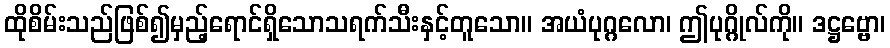
ထိုစိမ်းသည်ဖြစ်၍မှည့်ရောင်ရှိသောသရက်သီးနှင့်တူသော။ အယံပုဂ္ဂလော၊ ဤပုဂ္ဂိုလ်ကို။ ဒဋ္ဌဗ္ဗော၊